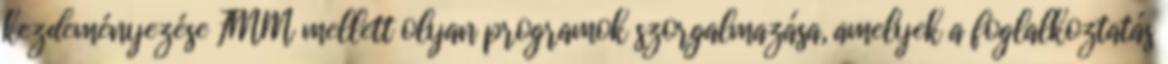
kezdeményezése FMM mellett olyan programok szorgalmazása, amelyek a foglalkoztatás